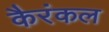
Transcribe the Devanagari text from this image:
कैरंकल